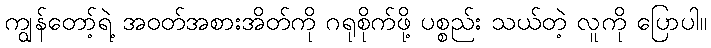
ကျွန်တော့်ရဲ့ အဝတ်အစားအိတ်ကို ဂရုစိုက်ဖို့ ပစ္စည်း သယ်တဲ့ လူကို ပြောပါ။